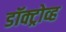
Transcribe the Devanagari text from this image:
डॉक्ट्रोव्ह